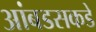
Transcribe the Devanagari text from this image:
आंबडसकडे